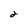
Character: 2